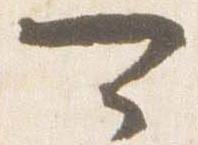
可